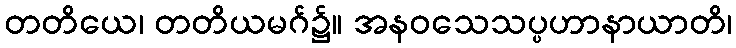
တတိယေ၊ တတိယမဂ်၌။ အနဝသေသပ္ပဟာနာယာတိ၊